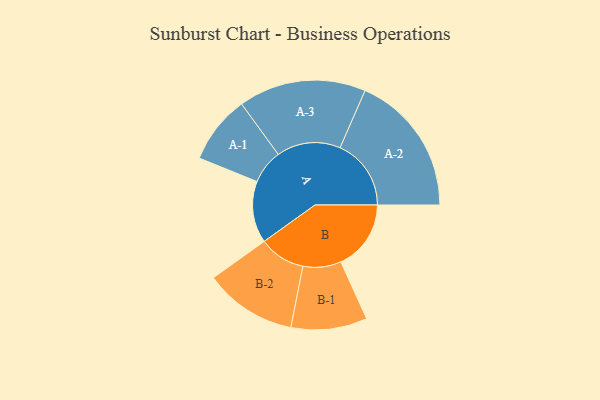
{"axis": {"x": "Segment", "y": "Value"}, "legend": ["", "A", "B"], "data": [{"x": "A", "y": 204, "type": ""}, {"x": "B", "y": 232, "type": ""}, {"x": "A-1", "y": 113, "type": "A"}, {"x": "A-2", "y": 235, "type": "A"}, {"x": "A-3", "y": 211, "type": "A"}, {"x": "B-1", "y": 126, "type": "B"}, {"x": "B-2", "y": 153, "type": "B"}]}